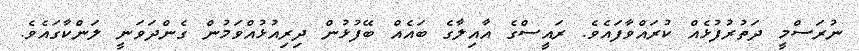
ނުރަސްމީ ދަތުރުފުޅެއް ކުރައްވާފައެވެ. ރައީސްގެ އާއިލާގެ ބައެއް ބޭފުޅުން ދިރިއުޅުއްވަމުން ގެންދަވަނީ ލަންކާގައެވެ.